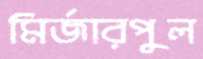
মির্জারপুল